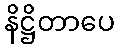
နိဋ္ဌိတာပေ